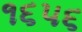
૧૬૫૬